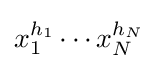
x_{1}^{h_{1}}\cdots x_{N}^{h_{N}}